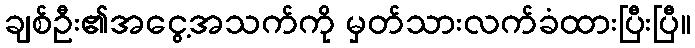
ချစ်ဦး၏အငွေ့အသက်ကို မှတ်သားလက်ခံထားပြီးပြီ။